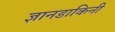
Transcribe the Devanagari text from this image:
ज्ञानडाकिनी